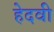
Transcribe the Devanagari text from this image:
हेदवी